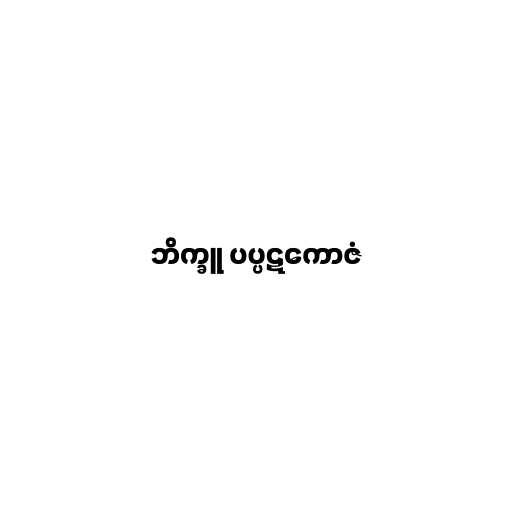
ဘိက္ခူ ပပ္ပဋကောဇံ